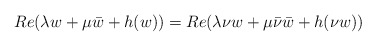
\begin{align*}Re(\lambda w+\mu\bar{w}+h(w))=Re(\lambda \nu w+\mu\bar{\nu}\bar{w}+h(\nu w))\end{align*}